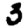
Digit: 3